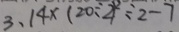
3 . 1 4 \times ( 2 0 \div 2 ) ^ { 2 } \div 2 - 7